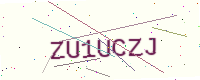
Text: ZU1UCZJ